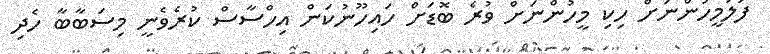
ފަލަމީހުންނަށް ހިކި މީހުންނަށް ވުރެ ބޮޑަށް ހައިހޫނުކަން އިހްސާސް ކުރެވެނީ މިސަބާބާ ހެދި